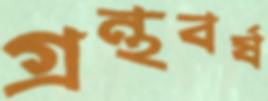
গ্রন্থবর্ষ